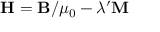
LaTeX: \mathbf { H } = \mathbf { B } / \mu _ { 0 } - \lambda ^ { \prime } \mathbf { M }